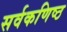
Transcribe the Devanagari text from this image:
सर्वकणिष्ठ